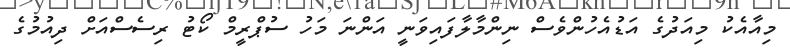
މިއާއެކު މިއަދުގެ އަޑުއެހުންވެސް ނިންމާލާފައިވަނީ އަންނަ މަހު ސުޕްރީމް ކޯޓު ރިސެސްއަށް ދިއުމުގެ